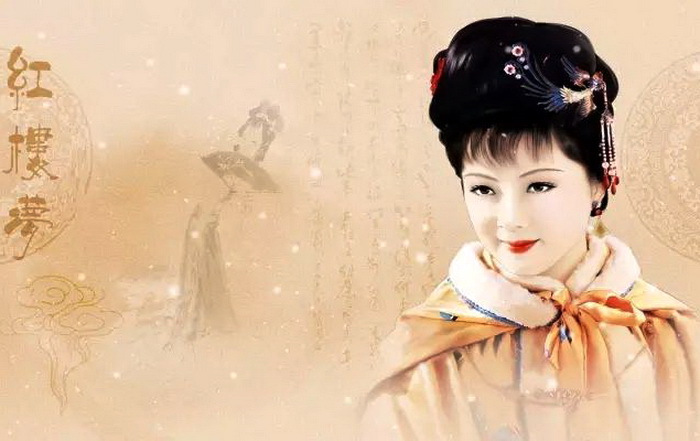
好风凭借力，送我上青云。